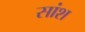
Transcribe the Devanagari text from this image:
सांश